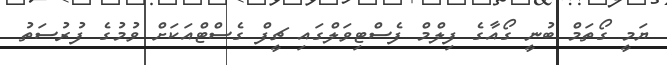
ޔަމީ ގޯތަމް ބުނީ ގޯއާގެ ފިލްމް ފެސްޓިވަލްގައި ޗީފް ގެސްޓްއަކަށް ވުމުގެ ފުރުސަތު